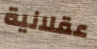
عقلانية